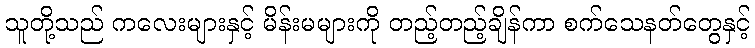
သူတို့သည် ကလေးများနှင့် မိန်းမများကို တည့်တည့်ချိန်ကာ စက်သေနတ်တွေနှင့်